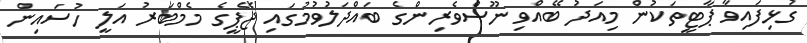
ގުޅިފައިވާ ޕާޓީތަކުން މިއަދު ބޭއްވި ނޫސްވެރިންގެ ބައްދަލުވުމުގައި ޖޭޕީގެ މެމްބަރު އަލީ ހުސައިން